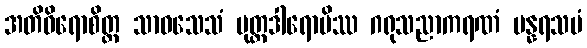
အတိဝိရောစိတ္ထ သာဝသေသံ ပုတ္တဒါရောပိဿ ဂရုသညာကရဏံ ပန္နရသမံ